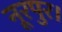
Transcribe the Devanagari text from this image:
नूरपुर।